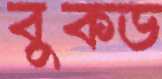
বুকড